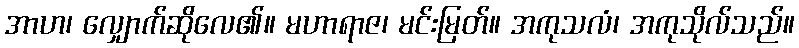
အာဟ၊ လျှောက်ဆိုလေ၏။ မဟာရာဇ၊ မင်းမြတ်။ အကုသလံ၊ အကုသိုလ်သည်။